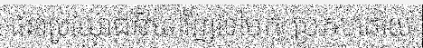
ផលប្រយោជន៍ទៅវិញទៅមក ប្រកបដោយ